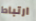
ارتباط